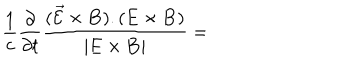
\frac 1 c \frac { \partial } { \partial t } \frac { ( \vec { \cal E } \times { \bf B } ) . ( { \bf E } \times { \bf B } ) } { | { \bf E } \times { \bf B } | } =